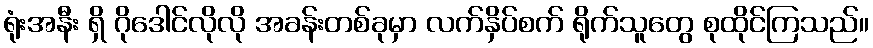
ရုံးအနီး ရှိ ဂိုဒေါင်လိုလို အခန်းတစ်ခုမှာ လက်နှိပ်စက် ရိုက်သူတွေ စုထိုင်ကြသည်။